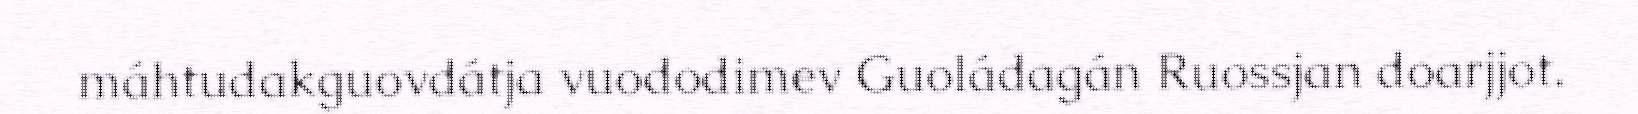
máhtudakguovdátja vuododimev Guoládagán Ruossjan doarjjot.